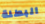
البطلة